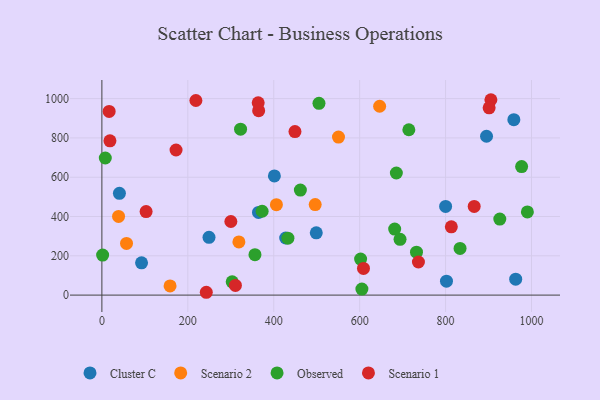
{"axis": {"x": "Ad Spend", "y": "Profit"}, "legend": ["Cluster C", "Observed", "Scenario 1", "Scenario 2"], "data": [{"x": "963.2", "y": 80.9, "type": "Cluster C"}, {"x": "427.8", "y": 290.6, "type": "Cluster C"}, {"x": "249.3", "y": 294.3, "type": "Cluster C"}, {"x": "364.5", "y": 420.6, "type": "Cluster C"}, {"x": "499.0", "y": 317.0, "type": "Cluster C"}, {"x": "895.3", "y": 808.4, "type": "Cluster C"}, {"x": "401.5", "y": 606.7, "type": "Cluster C"}, {"x": "92.3", "y": 164.3, "type": "Cluster C"}, {"x": "802.1", "y": 71.1, "type": "Cluster C"}, {"x": "958.9", "y": 893.1, "type": "Cluster C"}, {"x": "40.8", "y": 518.1, "type": "Cluster C"}, {"x": "800.1", "y": 451.5, "type": "Cluster C"}, {"x": "550.7", "y": 804.5, "type": "Scenario 2"}, {"x": "38.8", "y": 400.5, "type": "Scenario 2"}, {"x": "496.5", "y": 460.8, "type": "Scenario 2"}, {"x": "57.3", "y": 262.8, "type": "Scenario 2"}, {"x": "406.2", "y": 460.4, "type": "Scenario 2"}, {"x": "158.7", "y": 46.8, "type": "Scenario 2"}, {"x": "318.9", "y": 270.8, "type": "Scenario 2"}, {"x": "646.5", "y": 961.1, "type": "Scenario 2"}, {"x": "462.0", "y": 534.6, "type": "Observed"}, {"x": "833.7", "y": 237.8, "type": "Observed"}, {"x": "373.0", "y": 426.9, "type": "Observed"}, {"x": "605.2", "y": 30.7, "type": "Observed"}, {"x": "602.2", "y": 183.4, "type": "Observed"}, {"x": "322.8", "y": 844.6, "type": "Observed"}, {"x": "356.3", "y": 205.8, "type": "Observed"}, {"x": "7.9", "y": 697.8, "type": "Observed"}, {"x": "926.2", "y": 386.9, "type": "Observed"}, {"x": "681.5", "y": 336.0, "type": "Observed"}, {"x": "714.5", "y": 841.5, "type": "Observed"}, {"x": "685.4", "y": 621.4, "type": "Observed"}, {"x": "433.0", "y": 290.0, "type": "Observed"}, {"x": "505.3", "y": 976.3, "type": "Observed"}, {"x": "990.4", "y": 423.5, "type": "Observed"}, {"x": "694.0", "y": 283.8, "type": "Observed"}, {"x": "1.7", "y": 203.9, "type": "Observed"}, {"x": "977.0", "y": 654.4, "type": "Observed"}, {"x": "732.3", "y": 218.6, "type": "Observed"}, {"x": "303.3", "y": 67.6, "type": "Observed"}, {"x": "905.5", "y": 994.4, "type": "Scenario 1"}, {"x": "16.9", "y": 934.7, "type": "Scenario 1"}, {"x": "608.9", "y": 135.6, "type": "Scenario 1"}, {"x": "218.8", "y": 990.4, "type": "Scenario 1"}, {"x": "102.9", "y": 424.9, "type": "Scenario 1"}, {"x": "243.0", "y": 14.4, "type": "Scenario 1"}, {"x": "172.6", "y": 738.6, "type": "Scenario 1"}, {"x": "449.4", "y": 832.4, "type": "Scenario 1"}, {"x": "736.8", "y": 168.4, "type": "Scenario 1"}, {"x": "364.9", "y": 938.5, "type": "Scenario 1"}, {"x": "310.8", "y": 49.3, "type": "Scenario 1"}, {"x": "813.4", "y": 347.3, "type": "Scenario 1"}, {"x": "300.2", "y": 374.5, "type": "Scenario 1"}, {"x": "18.7", "y": 785.2, "type": "Scenario 1"}, {"x": "901.4", "y": 953.3, "type": "Scenario 1"}, {"x": "363.8", "y": 978.5, "type": "Scenario 1"}, {"x": "866.6", "y": 451.1, "type": "Scenario 1"}]}